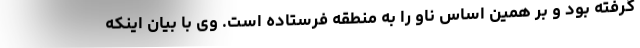
گرفته بود و بر همین اساس ناو را به منطقه فرستاده است. وی با بیان اینکه